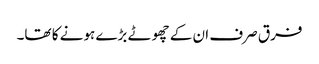
فرق صرف ان کے چھوٹے بڑے ہونے کا تھا۔